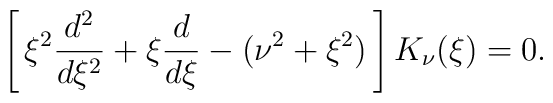
\left[\,\xi^2{d^2 \over d\xi^2} + \xi{d \over d\xi}     -(\nu^2 +\xi^2)\,\right]K_\nu(\xi) = 0.